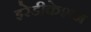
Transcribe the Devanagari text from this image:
इरेडीकेशन